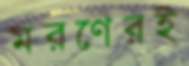
মরণেরই